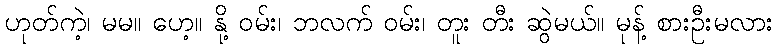
ဟုတ်ကဲ့၊ မမ။ ဟေ့။ နို့ ဝမ်း၊ ဘလက် ဝမ်း၊ တူး တီး ဆွဲမယ်။ မုန့် စားဦးမလား